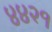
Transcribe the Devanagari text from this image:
४४२१